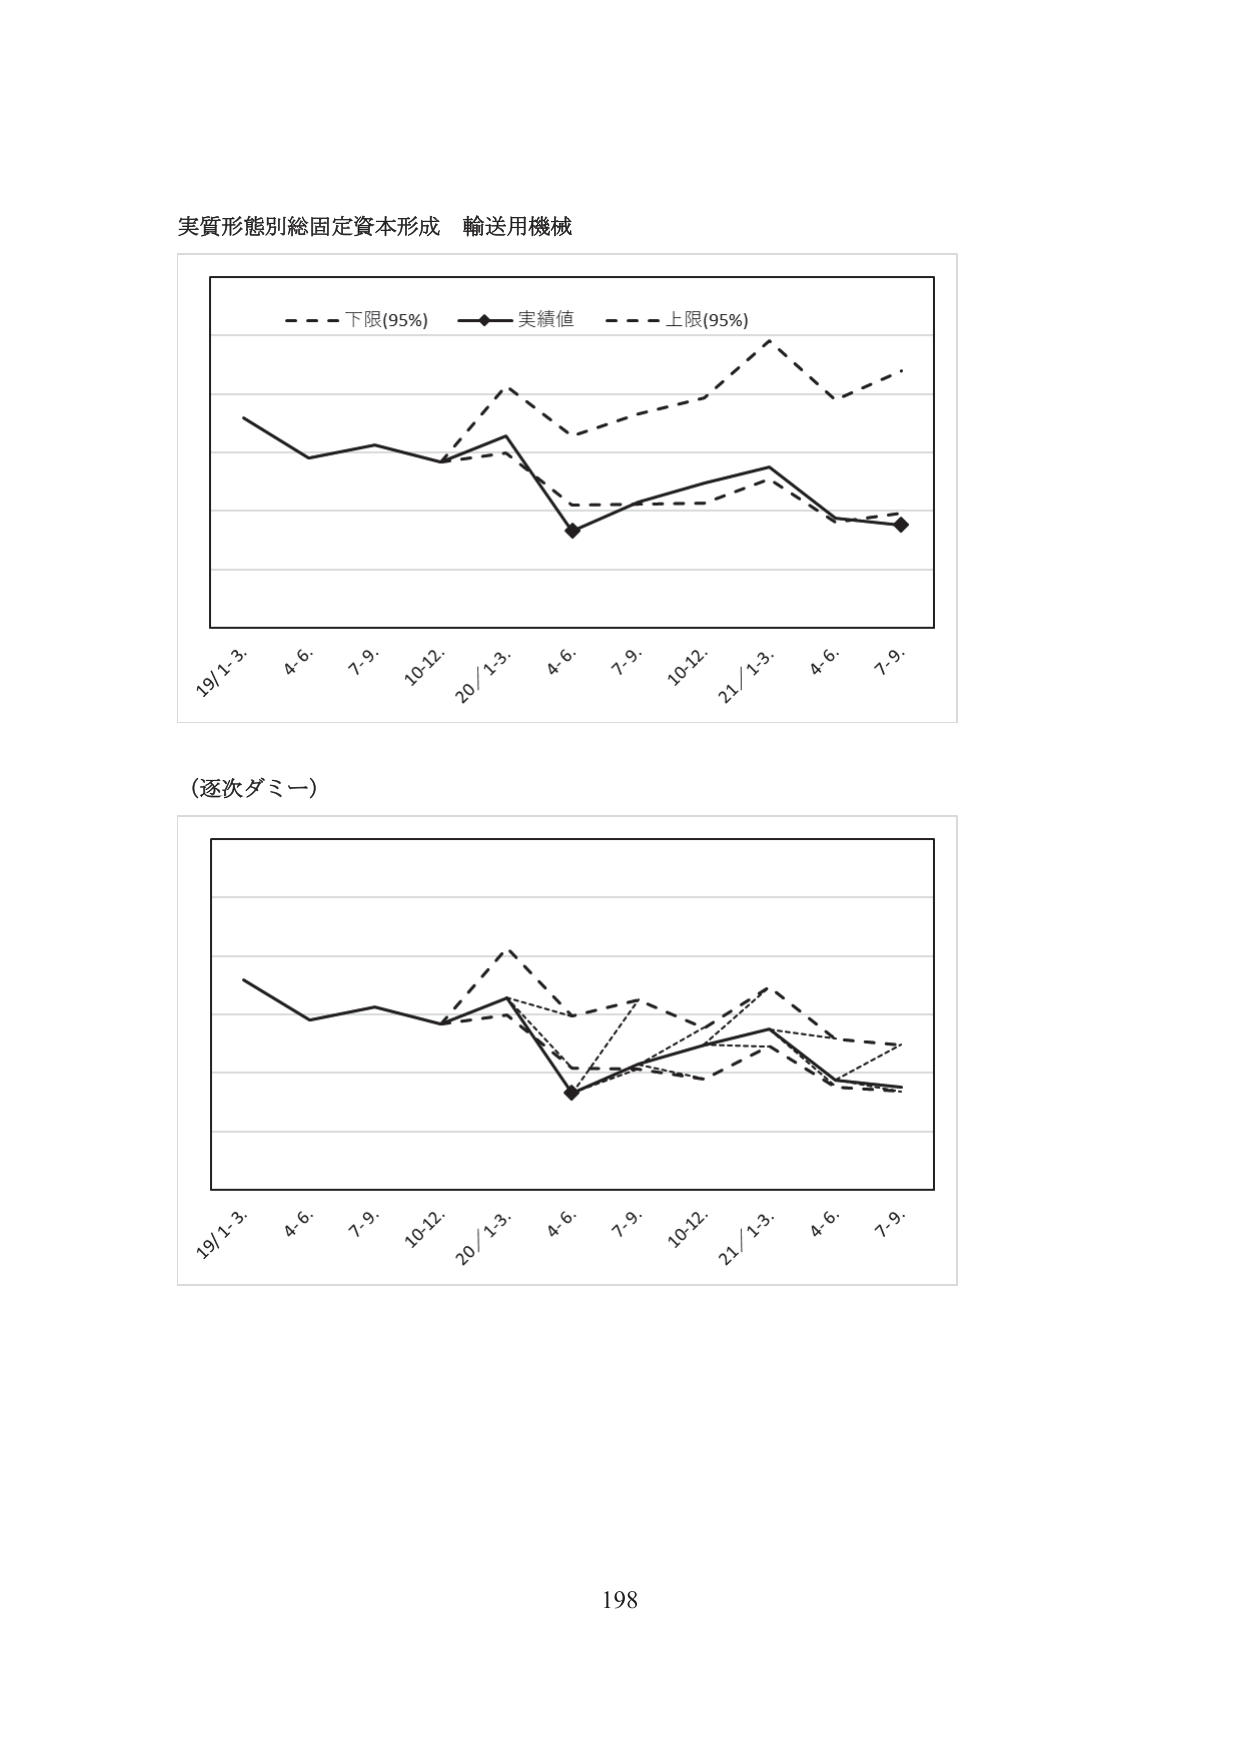
実質形態別総固定資本形成 輸送用機械

- - - 下限(95%)  ■ 実績値  - - - 上限(95%)

19/1-3.  4.6.  7.9.  10-12.  20/1-3.  4.6.  7.9.  10-12.  21/1-3.  4.6.  7.9.

（逐次ダミー）

19/1-3.  4.6.  7.9.  10-12.  20/1-3.  4.6.  7.9.  10-12.  21/1-3.  4.6.  7.9.

198